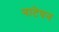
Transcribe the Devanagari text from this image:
नाटेपन